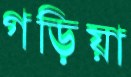
গড়িয়া